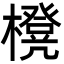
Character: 櫈